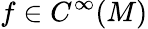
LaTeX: f\in C^{\infty}(M)